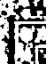
t